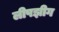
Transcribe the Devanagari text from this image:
लीपझीग